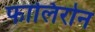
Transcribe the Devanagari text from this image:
फालिरोन